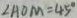
\angle A O M = 4 5 ^ { \circ }